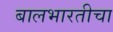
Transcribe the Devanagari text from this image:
बालभारतीचा